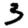
Digit: 3